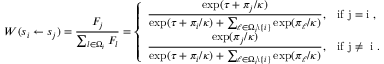
W ( s _ { i } \gets s _ { j } ) = \frac { F _ { j } } { \sum _ { l \in \Omega _ { i } } F _ { l } } = \left\{ \begin{array} { l l } { \displaystyle { \frac { \exp ( \tau + \pi _ { j } / \kappa ) } { \exp ( \tau + \pi _ { i } / \kappa ) + \sum _ { \ell \in \Omega _ { i } \backslash \{ i \} } \exp ( \pi _ { \ell } / \kappa ) } } , } & { \mathrm { i f ~ j = i ~ , } } \\ { \displaystyle { \frac { \exp ( \pi _ { j } / \kappa ) } { \exp ( \tau + \pi _ { i } / \kappa ) + \sum _ { \ell \in \Omega _ { i } \backslash \{ i \} } \exp ( \pi _ { \ell } / \kappa ) } } , } & { \mathrm { i f ~ j \neq ~ i ~ . } } \end{array} \right.